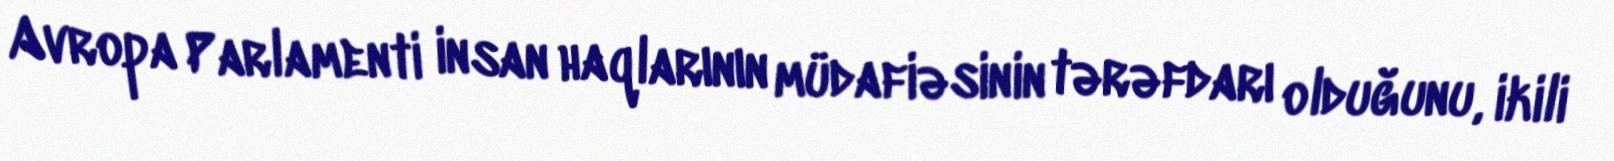
Avropa Parlamenti insan haqlarının müdafiəsinin tərəfdarı olduğunu, ikili